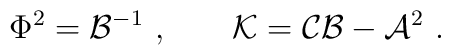
\Phi^2={\cal B}^{-1}\ ,\hskip 0.8 cm {\cal K}={\cal C}{\cal B}-{\cal A}^2  \ .